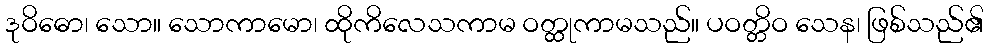
ဒုဝိဓော၊ သော။ သောကာမော၊ ထိုကိလေသကာမ ဝတ္ထုကာမသည်။ ပဝတ္တိဝ သေန၊ ဖြစ်သည်၏